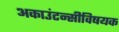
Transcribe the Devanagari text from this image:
अकाउंटन्सीविषयक